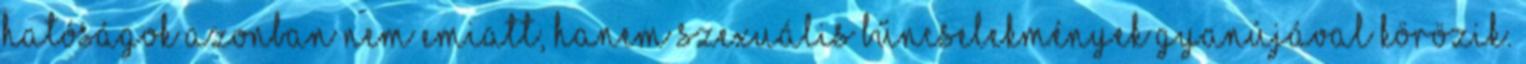
hatóságok azonban nem emiatt, hanem szexuális bűncselekmények gyanújával körözik.